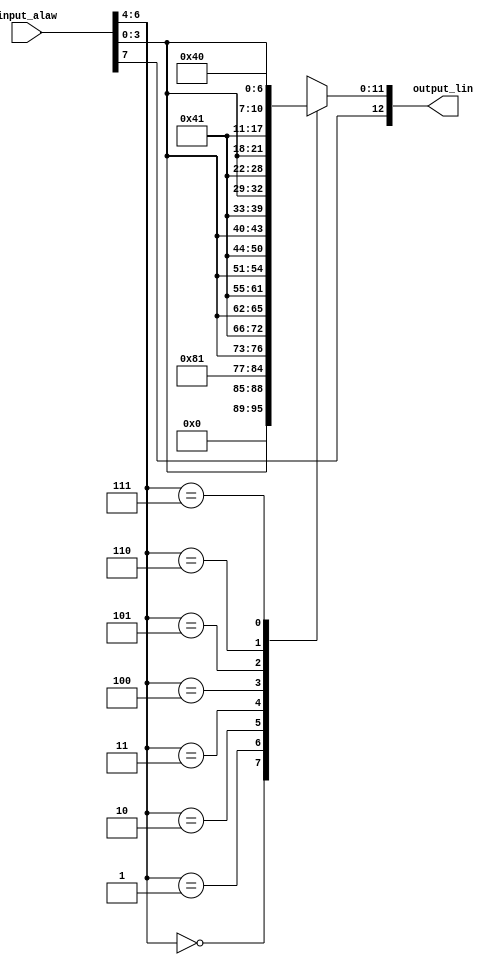
module alaw_decoder(input_alaw, output_lin);

input [7:0] input_alaw;
output [12:0] output_lin;

reg [11:0] output_unsigned;
reg [3:0] bits;

always @(input_alaw) begin
    bits = input_alaw[3:0];
    case(input_alaw[6:4])
        3'b000:  output_unsigned = {7'b000_0000, bits, 1'b1};
        3'b001:  output_unsigned = {7'b000_0001, bits, 1'b1};
        3'b010:  output_unsigned = {6'b00_0001, bits, 2'b10};
        3'b011:  output_unsigned = {5'b0_0001, bits, 3'b100};
        3'b100:  output_unsigned = {4'b0001, bits, 4'b1000};
        3'b101:  output_unsigned = {3'b001, bits, 5'b1_0000};
        3'b110:  output_unsigned = {2'b01, bits, 6'b10_0000};
        3'b111:  output_unsigned = {1'b1, bits, 7'b100_0000};
        default: output_unsigned = {7'b000_0000, bits, 1'b1};
    endcase
end

assign output_lin = {input_alaw[7], output_unsigned};

endmodule